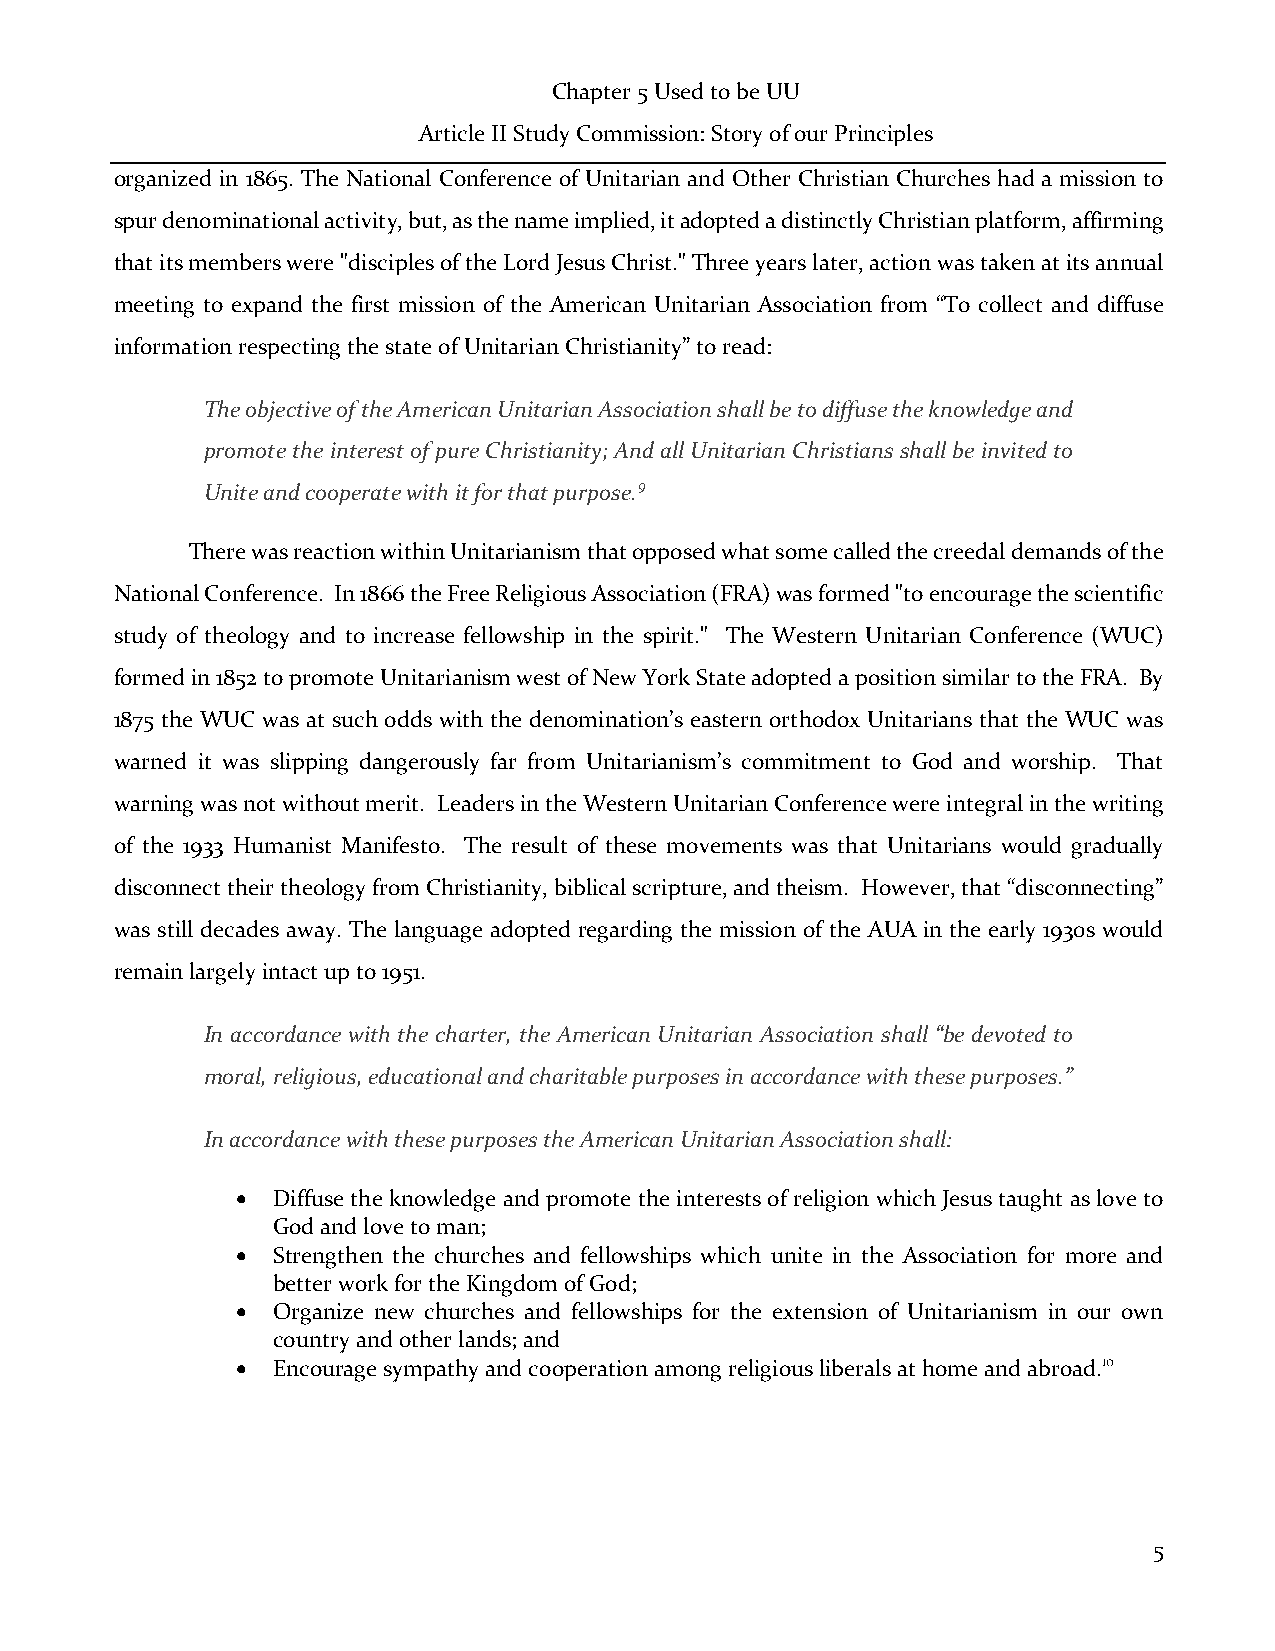
Chapter 5 Used to be UU
 Article II Study Commission: Story of our Principles
 organized in 1865. The National Conference of Unitarian and Other Christian Churches had a mission to
 spur denominational activity, but, as the name implied, it adopted a distinctly Christian platform, affirming
 that its members were "disciples of the Lord Jesus Christ." Three years later, action was taken at its annual
 meeting to expand the first mission of the American Unitarian Association from “To collect and diffuse
 information respecting the state of Unitarian Christianity” to read:
 The objective of the American Unitarian Association shall be to diffuse the knowledge and
 promote the interest of pure Christianity; And all Unitarian Christians shall be invited to
 Unite and cooperate with it for that purpose.9
 There was reaction within Unitarianism that opposed what some called the creedal demands of the
 National Conference. In 1866 the Free Religious Association (FRA) was formed "to encourage the scientific
 study of theology and to increase fellowship in the spirit." The Western Unitarian Conference (WUC)
 formed in 1852 to promote Unitarianism west of New York State adopted a position similar to the FRA. By
 1875 the WUC was at such odds with the denomination’s eastern orthodox Unitarians that the WUC was
 warned it was slipping dangerously far from Unitarianism’s commitment to God and worship. That
 warning was not without merit. Leaders in the Western Unitarian Conference were integral in the writing
 of the 1933 Humanist Manifesto. The result of these movements was that Unitarians would gradually
 disconnect their theology from Christianity, biblical scripture, and theism. However, that “disconnecting”
 was still decades away. The language adopted regarding the mission of the AUA in the early 1930s would
 remain largely intact up to 1951.
 In accordance with the charter, the American Unitarian Association shall “be devoted to
 moral, religious, educational and charitable purposes in accordance with these purposes.”
 In accordance with these purposes the American Unitarian Association shall:
 • Diffuse the knowledge and promote the interests of religion which Jesus taught as love to
 God and love to man;
 • Strengthen the churches and fellowships which unite in the Association for more and
 better work for the Kingdom of God;
 • Organize new churches and fellowships for the extension of Unitarianism in our own
 country and other lands; and
 • Encourage sympathy and cooperation among religious liberals at home and abroad.10
 5